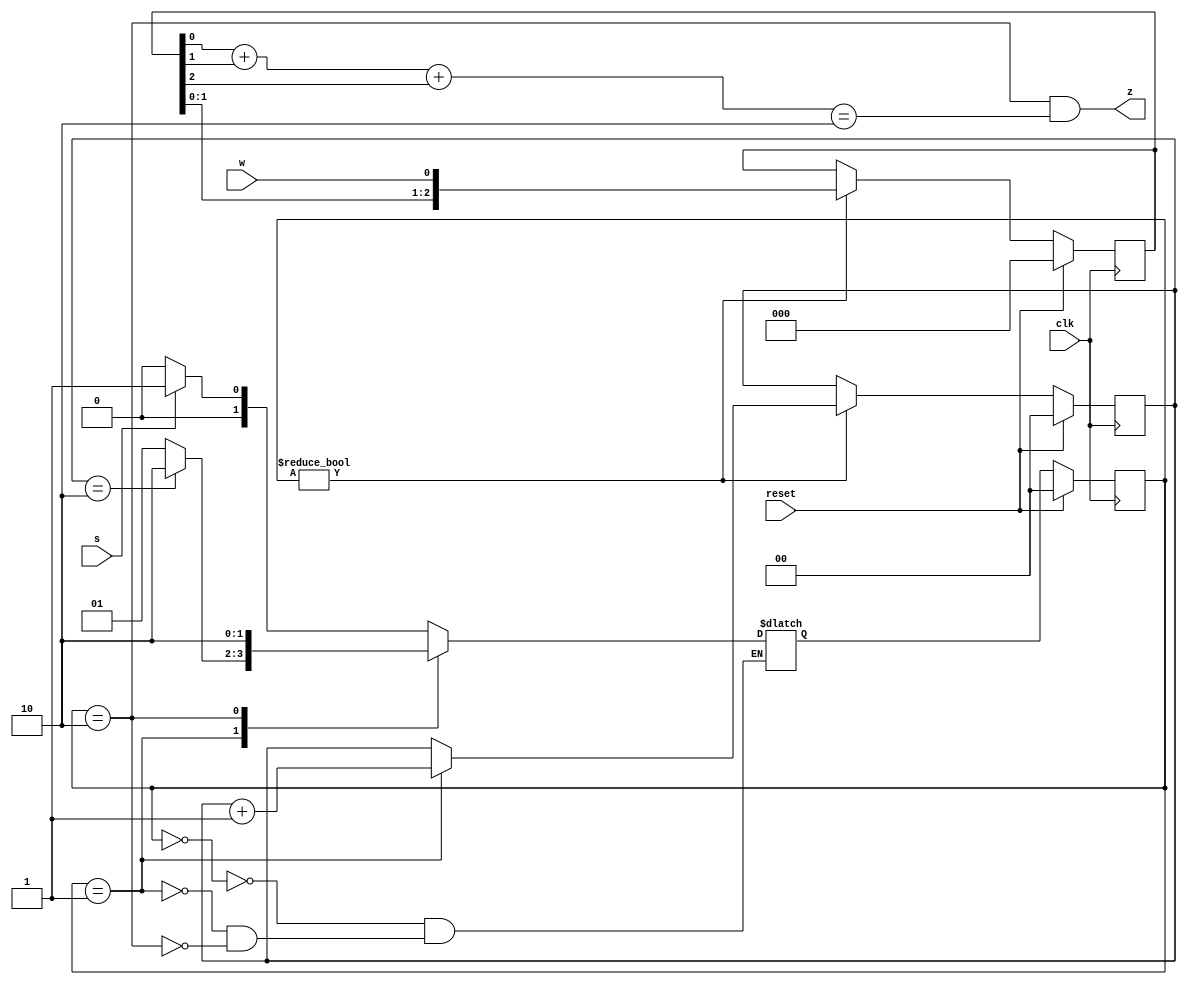
module top_module (
    input clk,
    input reset,   // Synchronous reset
    input s,
    input w,
    output z
);
    parameter A = 2'h0, Bwait = 2'h1, B = 2'h2;
    reg [1:0] waitCounter;
    reg [2:0] inputArray;
    reg [1:0] inputCounter;
    reg [1:0] currSt,nextSt;

    always@(*) begin
        case(currSt)
                A: nextSt = s ? Bwait : A;
            Bwait: nextSt = (waitCounter==2'h2) ? B : Bwait;
                B: nextSt = B;
        endcase
    end

    always@(posedge clk)begin
        if(reset)
            currSt<=A;
        else
            currSt<=nextSt;
    end

    always @(posedge clk) begin
        if(reset) begin
            waitCounter <= 2'h0;
            inputArray <= 3'd0;
        end
        else if(currSt!=A) begin
            inputArray<={inputArray[1:0],w};
            if(currSt==Bwait)
                waitCounter<=waitCounter+2'h1;
        end
    end
    assign inputCounter=inputArray[0]+inputArray[1]+inputArray[2];
    assign z=(currSt==B && inputCounter==2'd2);

endmodule